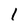
Character: 1